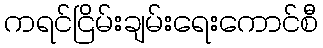
ကရင်ငြိမ်းချမ်းရေးကောင်စီ